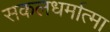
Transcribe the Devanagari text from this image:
सकलधर्मात्मा